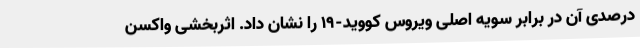
درصدی آن در برابر سویه اصلی ویروس کووید-19 را نشان داد. اثربخشی واکسن